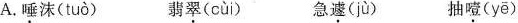
A.唾沫( tuò ) 翡翠( cùi) 急遽( jù ) 抽噎( yē )